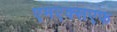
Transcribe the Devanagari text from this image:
एमएक्सएफ